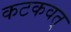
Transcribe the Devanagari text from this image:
कटकवत्